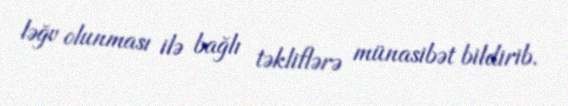
ləğv olunması ilə bağlı təkliflərə münasibət bildirib.